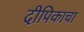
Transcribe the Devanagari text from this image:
दीपिकाचा